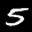
Label: 5